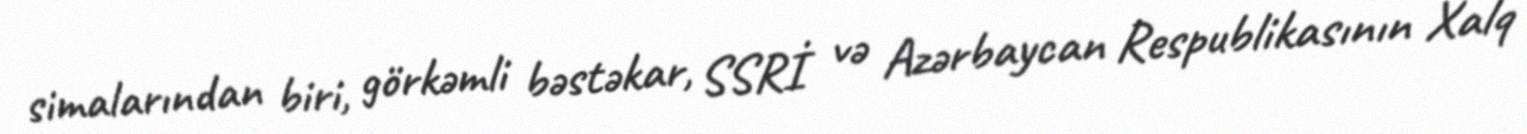
simalarından biri, görkəmli bəstəkar, SSRİ və Azərbaycan Respublikasının Xalq